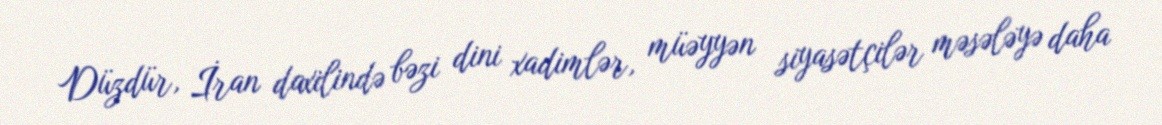
Düzdür, İran daxilində bəzi dini xadimlər, müəyyən siyasətçilər məsələyə daha